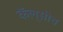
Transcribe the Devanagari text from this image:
कॅल्सीच